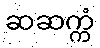
ဆဆက္ကံ